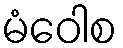
မံဝေါစ